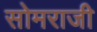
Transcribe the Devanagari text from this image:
सोमराजी